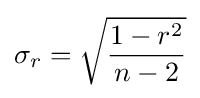
\sigma _{r}={\sqrt {\frac {1-r^{2}}{n-2}}}